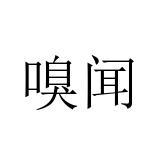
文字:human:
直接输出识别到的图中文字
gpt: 嗅闻